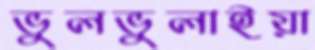
ভুলভুলাইয়া